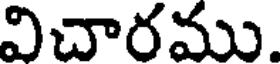
విచారము.